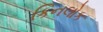
કિનલોક